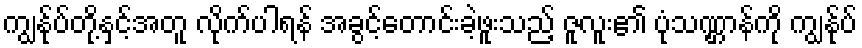
ကျွန်ုပ်တို့နှင့်အတူ လိုက်ပါရန် အခွင့်တောင်းခဲ့ဖူးသည့် ဇူလူး၏ ပုံသဏ္ဌာန်ကို ကျွန်ုပ်